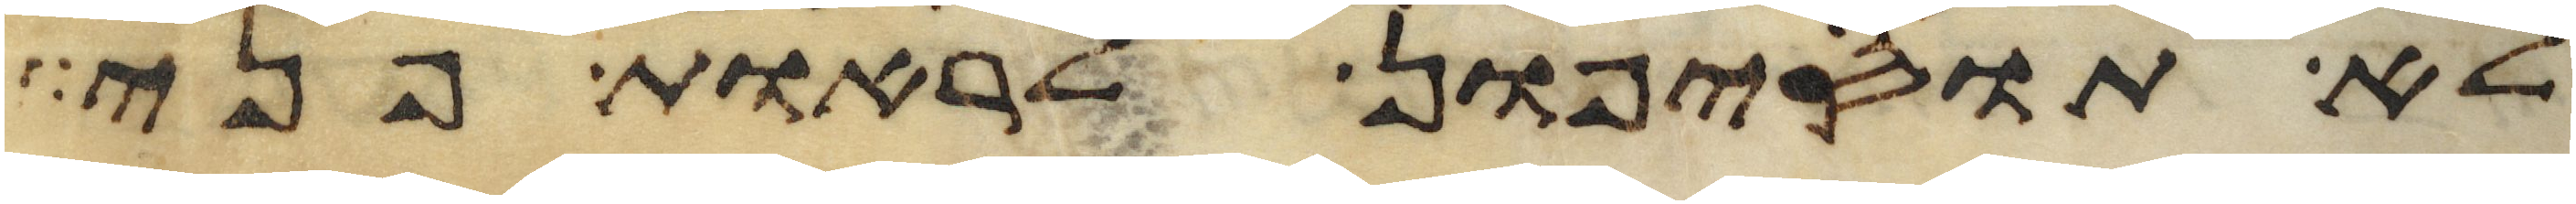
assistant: לא תוסיפון לראות פני